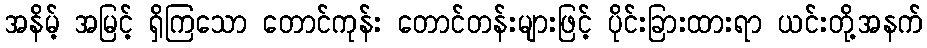
အနိမ့် အမြင့် ရှိကြသော တောင်ကုန်း တောင်တန်းများဖြင့် ပိုင်းခြားထားရာ ယင်းတို့အနက်